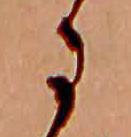
に